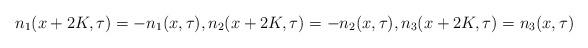
LaTeX: \begin{align*}n_1(x+2K,\tau)=-n_1(x,\tau),n_2(x+2K,\tau)=-n_2(x,\tau),n_3(x+2K,\tau)=n_3(x,\tau)\end{align*}